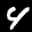
Label: 4